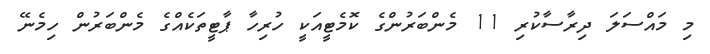
މި މައްސަލަ ދިރާސާކުރި 11 މެންބަރުންގެ ކޮމެޓީއަކީ ހުރިހާ ޕާޓީތަކެއްގެ މެންބަރުން ހިމެނޭ